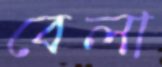
বেলা